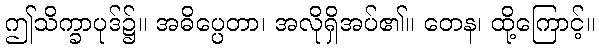
ဤသိက္ခာပုဒ်၌။ အဓိပ္ပေတာ၊ အလိုရှိအပ်၏။ တေန၊ ထို့ကြောင့်။